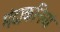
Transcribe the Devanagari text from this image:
मंदाकनियां